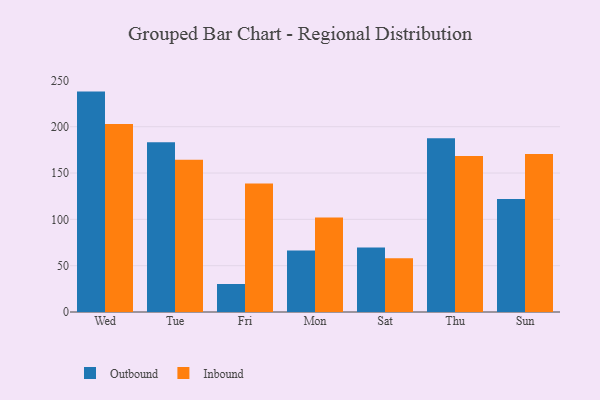
{"axis": {"x": "Day", "y": "Conversion Rate (%)"}, "legend": ["Inbound", "Outbound"], "data": [{"x": "Wed", "y": 237.9, "type": "Outbound"}, {"x": "Wed", "y": 203.0, "type": "Inbound"}, {"x": "Tue", "y": 183.1, "type": "Outbound"}, {"x": "Tue", "y": 164.3, "type": "Inbound"}, {"x": "Fri", "y": 30.2, "type": "Outbound"}, {"x": "Fri", "y": 138.8, "type": "Inbound"}, {"x": "Mon", "y": 66.4, "type": "Outbound"}, {"x": "Mon", "y": 102.0, "type": "Inbound"}, {"x": "Sat", "y": 69.6, "type": "Outbound"}, {"x": "Sat", "y": 58.1, "type": "Inbound"}, {"x": "Thu", "y": 187.5, "type": "Outbound"}, {"x": "Thu", "y": 168.3, "type": "Inbound"}, {"x": "Sun", "y": 121.9, "type": "Outbound"}, {"x": "Sun", "y": 170.5, "type": "Inbound"}]}